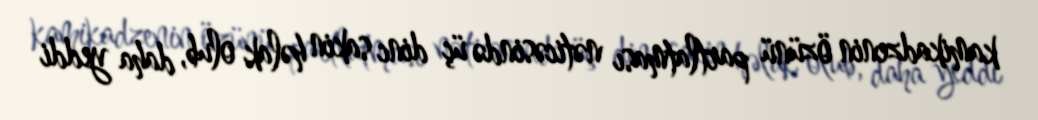
kamikadzenin özünü partlatması nəticəsində üç dinc sakin həlak olub, daha yeddi